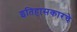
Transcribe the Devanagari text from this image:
इतिहासकारचे